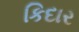
કિદાર